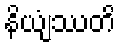
နိယျံဿတိ